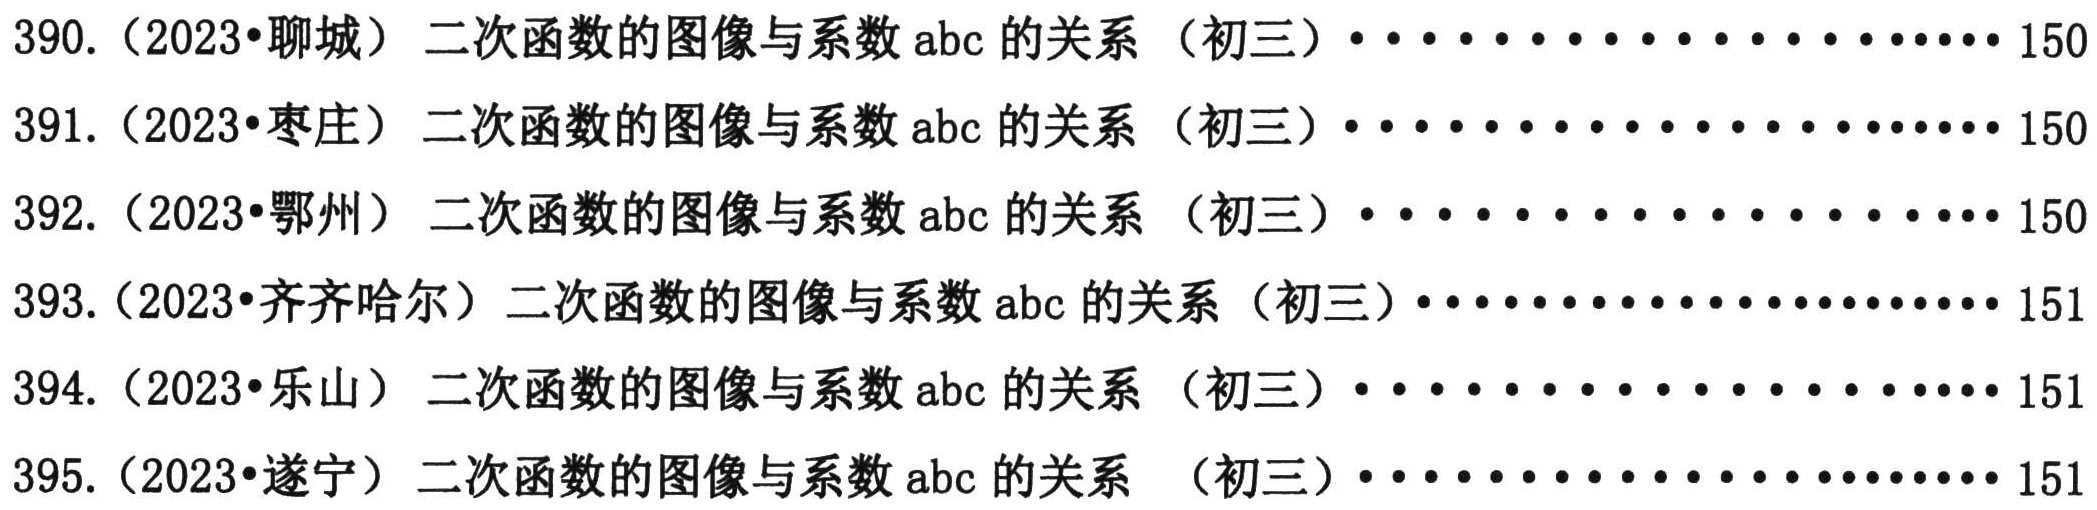
390.（2023•聊城）二次函数的图像与系数\(abc\)的关系（初三）···················· 150
391.（2023•枣庄）二次函数的图像与系数\(abc\)的关系（初三）···················· 150
392.（2023•鄂州）二次函数的图像与系数\(abc\)的关系（初三）···················· 150
393.（2023•齐齐哈尔）二次函数的图像与系数\(abc\)的关系（初三）·················· 151
394.（2023•乐山）二次函数的图像与系数\(abc\)的关系（初三）···················· 151
395.（2023•遂宁）二次函数的图像与系数\(abc\)的关系（初三）···················· 151